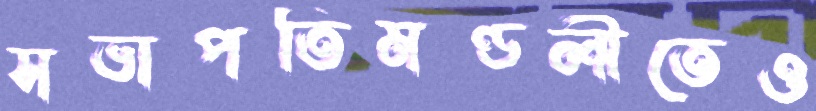
সভাপতিমণ্ডলীতেও